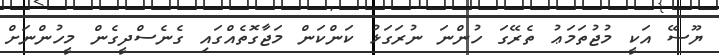
ޔޫސޭ އަކީ މުޖުތަމަޢު ތެރޭގަ ހުންނަ ނުރަގަޅު ކަންކަން މަޖާގޮތެއްގައި ގެނެސްދީގެން މީހުންނަށް